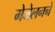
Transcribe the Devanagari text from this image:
मेजेलनने